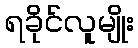
ရခိုင်လူမျိုး